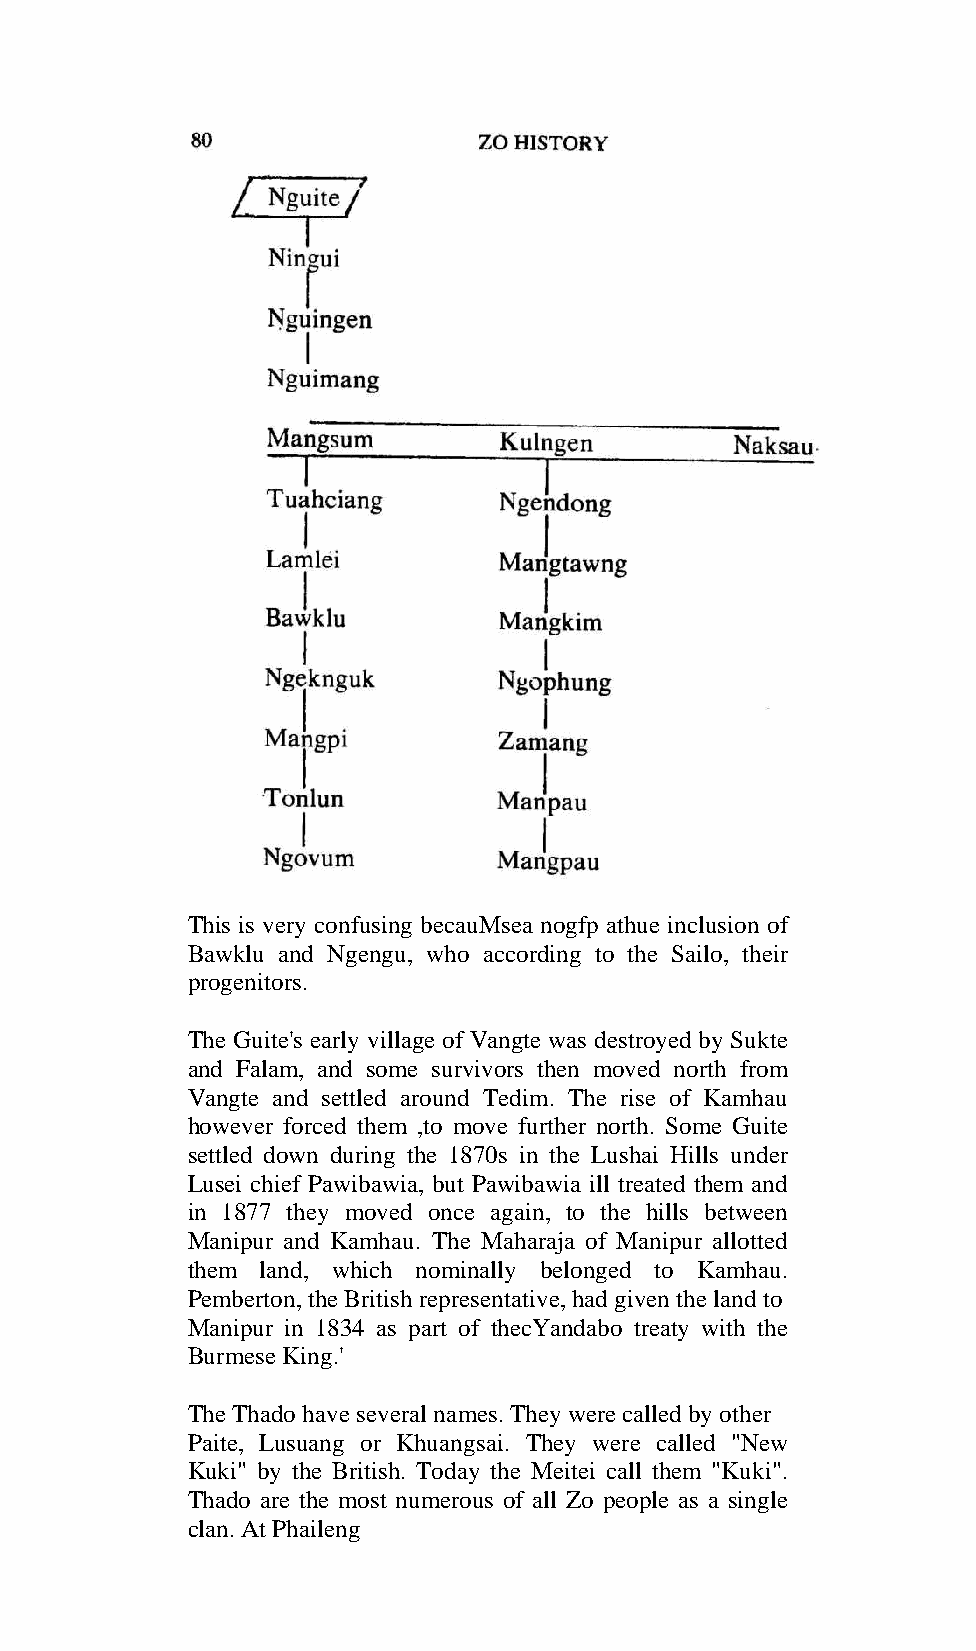
This is very confusing becauMsea nogfp athue inclusion of
 Bawklu and Ngengu, who according to the Sailo, their
 progenitors.
 The Guite's early village of Vangte was destroyed by Sukte
 and Falam, and some survivors then moved north from
 Vangte and settled around Tedim. The rise of Kamhau
 however forced them ,to move further north. Some Guite
 settled down during the 1870s in the Lushai Hills under
 Lusei chief Pawibawia, but Pawibawia ill treated them and
 in 1877 they moved once again, to the hills between
 Manipur and Kamhau. The Maharaja of Manipur allotted
 them land, which nominally belonged to Kamhau.
 Pemberton, the British representative, had given the land to
 Manipur in 1834 as part of thecYandabo treaty with the
 Burmese King.'
 The Thado have several names. They were called by other
 Paite, Lusuang or Khuangsai. They were called "New
 Kuki" by the British. Today the Meitei call them "Kuki".
 Thado are the most numerous of all Zo people as a single
 clan. At Phaileng